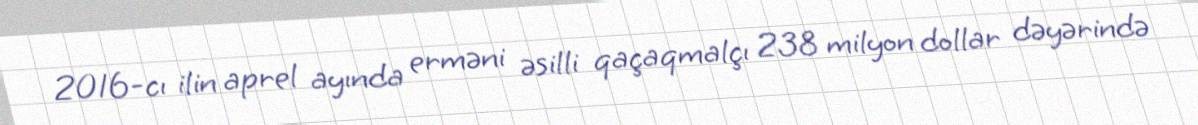
2016-cı ilin aprel ayında erməni əsilli qaçaqmalçı 238 milyon dollar dəyərində